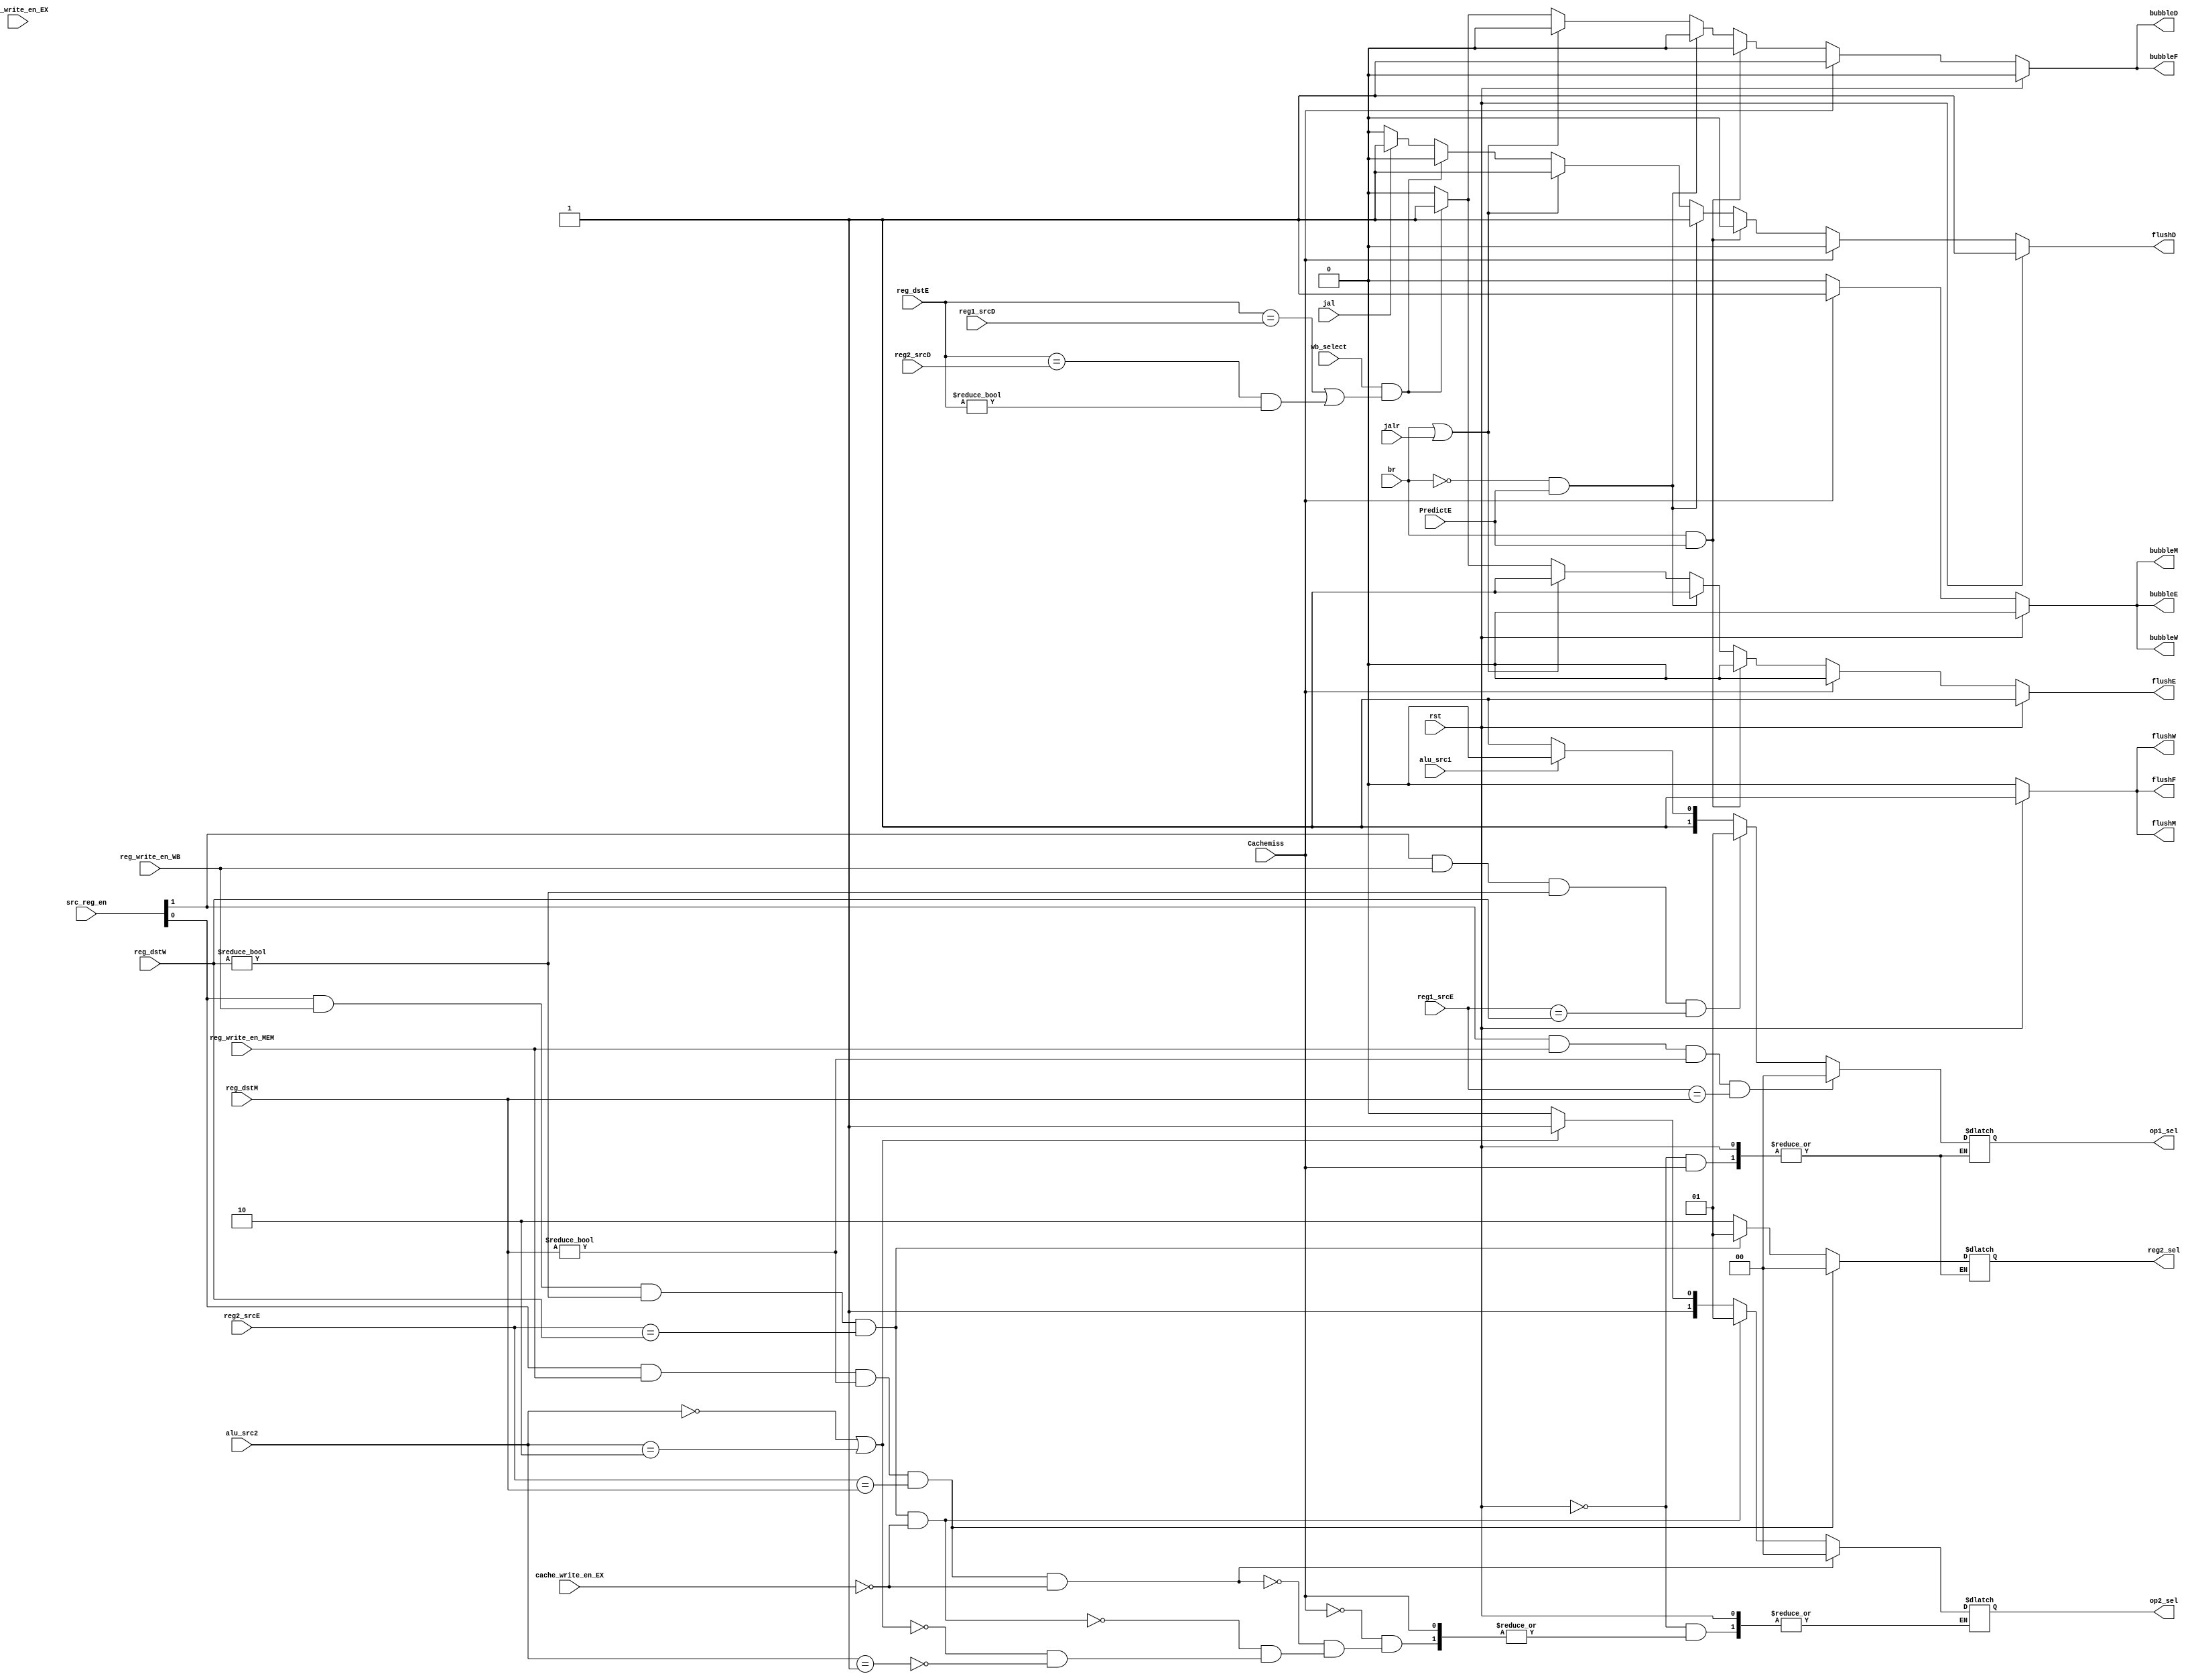
`timescale 1ns / 1ps
//////////////////////////////////////////////////////////////////////////////////
// Company: USTC ESLAB
// 
// Design Name: RV32I Core
// Module Name: Hazard Module
// Tool Versions: Vivado 2017.4.1
// Description: Hazard Module is used to control flush, bubble and bypass
// 
//////////////////////////////////////////////////////////////////////////////////

//  
    //  flushbubble
// 
    // rst               CPUrst
    // reg1_srcD         IDreg1
    // reg2_srcD         IDreg2
    // reg1_srcE         EXreg1
    // reg2_srcE         EXreg2
    // reg_dstE          EXreg
    // reg_dstM          MEMreg
    // reg_dstW          WBreg
    // br                branch
    // jalr              jalr
    // jal               jal
    // src_reg_en        reg1reg2
    // wb_select         Cache?ALU??
    // reg_write_en_MEM  MEM??
    // reg_write_en_WB   WB??
    // alu_src1          ALU??1??0reg1??1PC
    // alu_src2          ALU??2??2b00reg2??2'b01reg2??2'b10??
// 
    // flushF            IFflush
    // bubbleF           IFbubble
    // flushD            IDflush
    // bubbleD           IDbubble
    // flushE            EXflush
    // bubbleE           EXbubble
    // flushM            MEMflush
    // bubbleM           MEMbubble
    // flushW            WBflush
    // bubbleW           WBbubble
    // op1_sel           ALU1??2'b00ALU??2'b01write back data??2'b10PC??2'b11reg1
    // op2_sel           ALU2??2'b00ALU??2'b01write back data??2'b10reg2??2'b11reg2
    // reg2_sel          reg2??
// 
    // 

module HarzardUnit(
    input wire rst,
    input wire [4:0] reg1_srcD, reg2_srcD, reg1_srcE, reg2_srcE, reg_dstE, reg_dstM, reg_dstW,
    input wire br, jalr, jal,
    input wire [1:0] src_reg_en,
    input wire wb_select,
    input wire reg_write_en_EX,
    input wire reg_write_en_MEM,
    input wire reg_write_en_WB,
    input wire cache_write_en_EX,
    input wire alu_src1,
    input wire [1:0] alu_src2,
    input wire Cachemiss,
    output reg flushF, bubbleF, flushD, bubbleD, flushE, bubbleE, flushM, bubbleM, flushW, bubbleW,
    output reg [1:0] op1_sel, op2_sel, reg2_sel, 
    input wire PredictE
    );
    
    // TODO: Complete this module
    always @ (*)
        begin
             if (rst)
            begin
             flushF <= 1'b1; bubbleF <= 1'b0;
             flushD <= 1'b1; bubbleD <= 1'b0;
             flushE <= 1'b1; bubbleE <= 1'b0;
             flushM <= 1'b1; bubbleM <= 1'b0;
             flushW <= 1'b1; bubbleW <= 1'b0;
             end             
             else if (Cachemiss) 
                begin
                    flushF <= 1'b0; bubbleF <= 1'b1;
                    flushD <= 1'b0; bubbleD <= 1'b1;
                    flushE <= 1'b0; bubbleE <= 1'b1;
                    flushM <= 1'b0; bubbleM <= 1'b1;
                    flushW <= 1'b0; bubbleW <= 1'b1;                    
                end
            else 
            begin
                if (br & PredictE) begin
                    flushF <= 1'b0; bubbleF <= 1'b0;
                    flushD <= 1'b0; bubbleD <= 1'b0;
                    flushE <= 1'b0; bubbleE <= 1'b0;
                    flushM <= 1'b0; bubbleM <= 1'b0;
                    flushW <= 1'b0; bubbleW <= 1'b0;  
                end
                else if (~br & PredictE) begin
                    flushF <= 1'b0; bubbleF <= 1'b0;
                    flushD <= 1'b1; bubbleD <= 1'b0;
                    flushE <= 1'b1; bubbleE <= 1'b0;
                    flushM <= 1'b0; bubbleM <= 1'b0;
                    flushW <= 1'b0; bubbleW <= 1'b0; 
                end
                else if (br || jalr)
                    begin
                        flushF <= 1'b0; bubbleF <= 1'b0;
                        flushD <= 1'b1; bubbleD <= 1'b0;
                        flushE <= 1'b1; bubbleE <= 1'b0;
                        flushM <= 1'b0; bubbleM <= 1'b0;
                        flushW <= 1'b0; bubbleW <= 1'b0;                    
                    end                
            else if (wb_select && ((reg_dstE == reg1_srcD) || (reg_dstE == reg2_srcD) && reg_dstE != 5'b0 ))
                begin
                    flushF <= 1'b0; bubbleF <= 1'b1;
                    flushD <= 1'b0; bubbleD <= 1'b1;
                    flushE <= 1'b1; bubbleE <= 1'b0;
                    flushM <= 1'b0; bubbleM <= 1'b0;
                    flushW <= 1'b0; bubbleW <= 1'b0;
                end
            else if (jal)
                begin
                    flushF <= 1'b0; bubbleF <= 1'b0;
                    flushD <= 1'b1; bubbleD <= 1'b0;
                    flushE <= 1'b0; bubbleE <= 1'b0;
                    flushM <= 1'b0; bubbleM <= 1'b0;
                    flushW <= 1'b0; bubbleW <= 1'b0;                    
                end
            else 
                begin
                    flushF <= 1'b0; bubbleF <= 1'b0;
                    flushD <= 1'b0; bubbleD <= 1'b0;
                    flushE <= 1'b0; bubbleE <= 1'b0;
                    flushM <= 1'b0; bubbleM <= 1'b0;
                    flushW <= 1'b0; bubbleW <= 1'b0;                    
                end
            if ((src_reg_en[1] == 1'b1) && (reg_write_en_MEM) && (reg_dstM != 5'b0) && (reg1_srcE == reg_dstM))
                op1_sel <= 2'b00;
            else if ((src_reg_en[1] == 1'b1) && (reg_write_en_WB) && (reg_dstW != 5'b0) && (reg1_srcE == reg_dstW) )
                op1_sel <= 2'b01;
            else if (alu_src1 == 1'b0)
                op1_sel <= 2'b11;
            else if (alu_src1 == 1'b1)
                op1_sel <= 2'b10;

            if ((src_reg_en[0] == 1'b1) && (reg_write_en_MEM) && (reg_dstM != 5'b0) && (reg2_srcE == reg_dstM) && !cache_write_en_EX)
                op2_sel <= 2'b00;
            else if ((src_reg_en[0] == 1'b1) && (reg_write_en_WB) && (reg_dstW != 5'b0) && (reg2_srcE == reg_dstW) && !cache_write_en_EX)
                op2_sel <= 2'b01;
            else if (alu_src2 == 2'b00 || alu_src2 == 2'b10)
                op2_sel <= 2'b11;
            else if (alu_src2 == 2'b01)
                op2_sel <= 2'b10;

            if ((src_reg_en[0] == 1'b1) && (reg_write_en_MEM) && (reg_dstM != 5'b0) && (reg2_srcE == reg_dstM))
                reg2_sel <= 2'b00;
            else if ((src_reg_en[0] == 1'b1) && (reg_write_en_WB) && (reg_dstW != 5'b0) && (reg2_srcE == reg_dstW))
                reg2_sel <= 2'b01;
            else 
                reg2_sel <= 2'b10;	    
        end
                
    end


//=======================================================================================================
//op1_sel
// src_reg_en        src reg??src_reg_en[1] == 1reg1src_reg_en[0]==1reg2??
    //always @ (*)
        
//=======================================================================================================
//op2_sel
//    always @ (*)
        

//=======================================================================================================
//reg2_sel
  //  always @ (*)
        
endmodule
//`timescale 1ns / 1ps
//////////////////////////////////////////////////////////////////////////////////
// Company: USTC ESLAB
// 
// Design Name: RV32I Core
// Module Name: Hazard Module
// Tool Versions: Vivado 2017.4.1
// Description: Hazard Module is used to control flush, bubble and bypass
// 
//////////////////////////////////////////////////////////////////////////////////

//  
    //  flushbubble
// 
    // rst               CPUrst
    // reg1_srcD         IDreg1
    // reg2_srcD         IDreg2
    // reg1_srcE         EXreg1
    // reg2_srcE         EXreg2
    // reg_dstE          EXreg
    // reg_dstM          MEMreg
    // reg_dstW          WBreg
    // br                branch
    // jalr              jalr
    // jal               jal
    // src_reg_en        reg1reg2
    // wb_select         Cache(=1ALU
    // reg_write_en_MEM  MEM
    // reg_write_en_WB   WB
    // alu_src1          ALU10reg11PC
    // alu_src2          ALU22'b00reg22'b01reg22'b10
// 
    // flushF            IFflush
    // bubbleF           IFbubble
    // flushD            IDflush
    // bubbleD           IDbubble
    // flushE            EXflush
    // bubbleE           EXbubble
    // flushM            MEMflush
    // bubbleM           MEMbubble
    // flushW            WBflush
    // bubbleW           WBbubble
    // op1_sel           ALU12'b00ALU2'b01write back data2'b10PC2'b11reg1
    // op2_sel           ALU22'b00ALU2'b01write back data2'b10reg22'b11reg2
    // reg2_sel          reg2
// 
    // 

/*
module HarzardUnit(
    input wire rst,
    input wire [4:0] reg1_srcD, reg2_srcD, reg1_srcE, reg2_srcE, reg_dstE, reg_dstM, reg_dstW,
    input wire br, jalr, jal,
    input wire [1:0] src_reg_en,
    input wire wb_select,
    input wire reg_write_en_EX,
    input wire reg_write_en_MEM,
    input wire reg_write_en_WB,
    input wire cache_write_en_EX,
    input wire alu_src1,
    input wire [1:0] alu_src2,
    input wire Cachemiss,
    output reg flushF, bubbleF, flushD, bubbleD, flushE, bubbleE, flushM, bubbleM, flushW, bubbleW,
    output reg [1:0] op1_sel, op2_sel, reg2_sel
    );

    // TODO: Complete this module
	always@(*) begin
		flushF <= rst;//IFPC
		flushD <= rst || (br|| jalr|| jal);//IDIF/ID3
		flushE <= rst || (wb_select && (reg_dstE == reg1_srcD || reg_dstE == reg2_srcD)) || (br || jalr);//EX2
		flushM <= rst;//MEMEX/MEM
		flushW <= rst;//WBMEM/WB
		bubbleF <= ~rst && (wb_select && (reg_dstE == reg1_srcD || reg_dstE == reg2_srcD));
		bubbleD <= ~rst && (wb_select && (reg_dstE == reg1_srcD || reg_dstE == reg2_srcD));
		bubbleE <= 1'b0;
		bubbleM <= 1'b0;
		bubbleW <= 1'b0;
	end


	always@(*) begin
		// op1_sel           ALU12'b00ALU2'b01write back data2'b10PC2'b11reg1
        // op2_sel           ALU22'b00ALU2'b01write back data2'b10reg22'b11reg2
        // reg2_sel          reg2
        // src_reg_en[1] == 1reg1src_reg_en[0]==1reg2
		
        //Forward Register Source 1
        op1_sel[0] <= ~(reg_dstM != 0 && reg_write_en_MEM && src_reg_en[1] && (reg_dstM == reg1_srcE));
        op1_sel[1] <= ~((reg_dstM != 0 && reg_write_en_MEM && src_reg_en[1] && (reg_dstM == reg1_srcE)) || (reg_dstW !=0 && reg_write_en_WB && src_reg_en[1] && (reg_dstW == reg1_srcE)));
		
        //Forward Register Source 2
        op2_sel[0] <= ~(reg_dstM != 0 && reg_write_en_MEM && src_reg_en[0] && (reg_dstM == reg2_srcE));
        op2_sel[1] <= ~((reg_dstM != 0 && reg_write_en_MEM && src_reg_en[0] && (reg_dstM == reg2_srcE)) || (reg_dstW !=0 && reg_write_en_WB && src_reg_en[0] && (reg_dstW == reg1_srcE)));
		
        //Forward Register2
        reg2_sel[0] <= ~(reg_dstM != 0 && reg_write_en_MEM && src_reg_en[0] && (reg_dstM == reg2_srcE));
        reg2_sel[1] <= ~((reg_dstM != 0 && reg_write_en_MEM && src_reg_en[0] && (reg_dstM == reg2_srcE)) || (reg_dstW !=0 && reg_write_en_WB && src_reg_en[0] && (reg_dstW == reg2_srcE)));
    end
endmodule*/